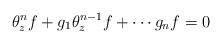
LaTeX: \begin{align*} \theta_z^nf + g_1\theta^{n-1}_zf + \cdots g_nf = 0\end{align*}